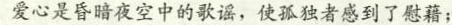
爱心是昏暗夜空中的歌谣，使孤独者感到了慰藉；